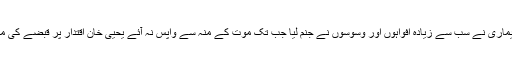
اس طرح ایوب خان کی بیماری نے سب سے زیادہ افواہوں اور وسوسوں نے جنم لیا جب تک موت کے منہ سے واپس نہ آئے یحیی خان اقتدار پر قبضے کی منصوبہ بندی کرتے رہے۔